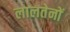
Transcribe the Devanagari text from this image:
लालतेनों